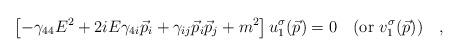
LaTeX: \begin{align*}\left [ - \gamma_{44} E^2 +2iE\gamma_{4i} \vec p_i +\gamma_{ij}\vec p_i \vec p_j +m^2\right ] u_1^\sigma (\vec p) = 0\quad (\mbox{or}\,\,v_1^\sigma (\vec p)) \quad,\end{align*}